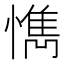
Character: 懏